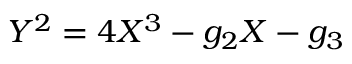
Y ^ { 2 } = 4 X ^ { 3 } - g _ { 2 } X - g _ { 3 }